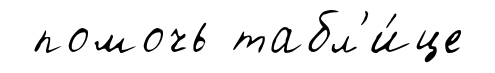
помочь табл'и́це